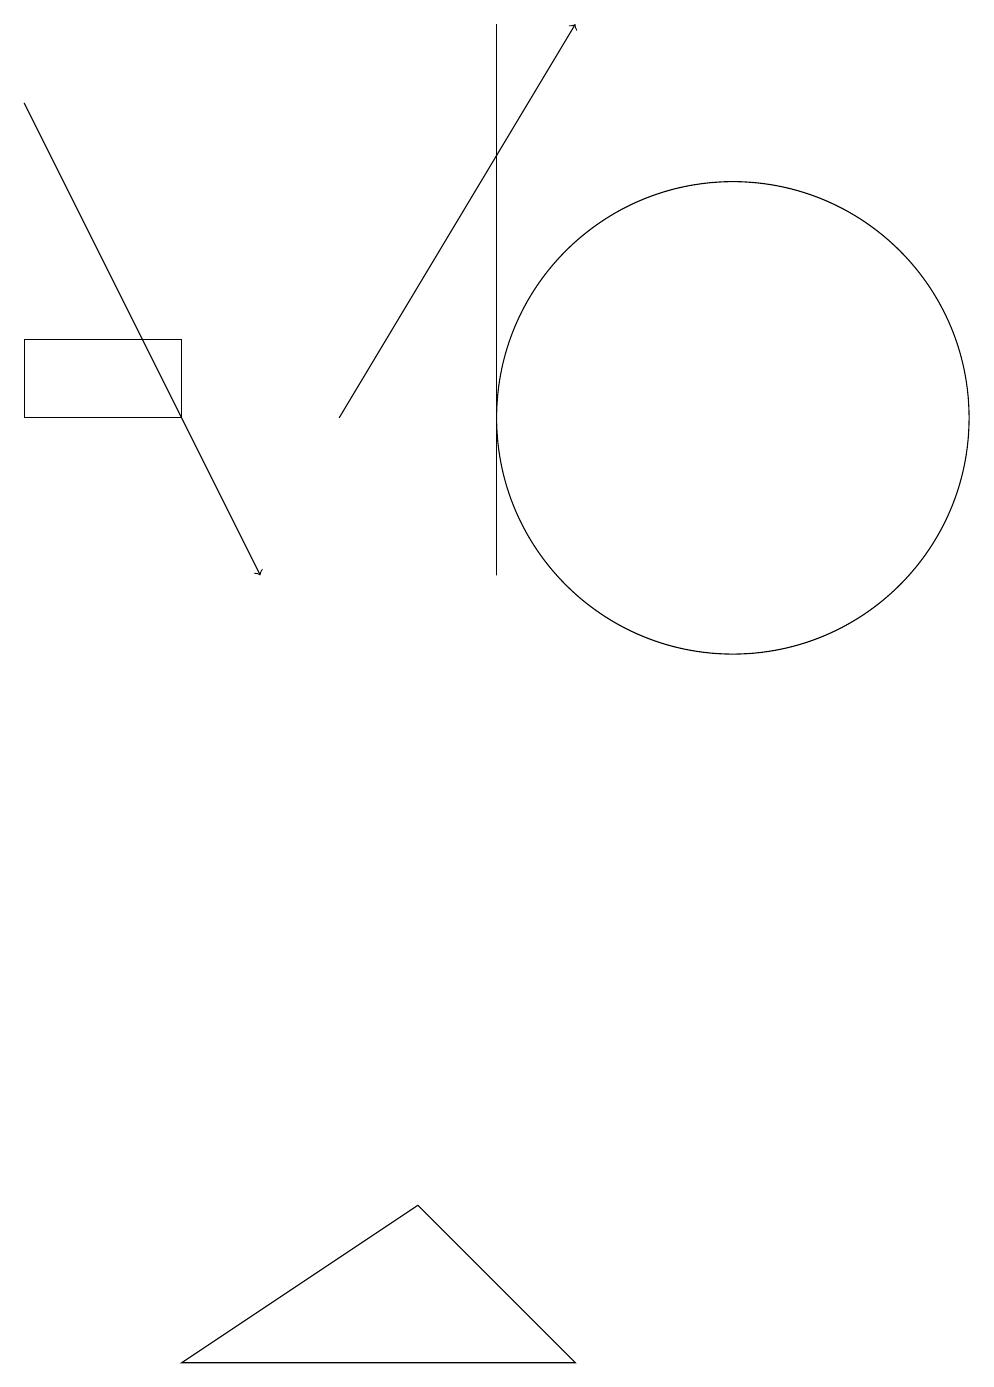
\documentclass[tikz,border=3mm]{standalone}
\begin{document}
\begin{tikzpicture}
\draw (10,12) circle (3);
\draw (3,0) -- (8,0) -- (6,2) -- cycle;
\draw[->] (5,12) -- (8,17);
\draw (1,13) rectangle (3,12);
\draw (7,17) rectangle (7,10);
\draw[->] (1,16) -- (4,10);
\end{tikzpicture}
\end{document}